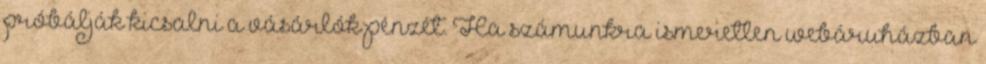
próbálják kicsalni a vásárlók pénzét. Ha számunkra ismeretlen webáruházban